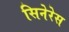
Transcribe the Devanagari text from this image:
सिनेरेस